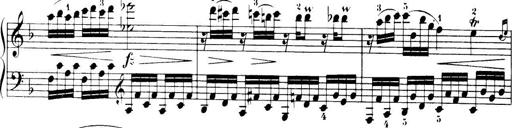
Title: 32 Sonatinas and Rondos for the Piano
Composer: Richard Kleinmichel